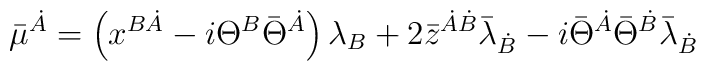
\bar{\mu}^{\dot{A}} = \left(  x^{B\dot{A}} - i \Theta^{B} \bar{\Theta}^{\dot{A}} \right)   \lambda_{B}+ 2\bar{z}^{\dot{A}\dot{B}} \bar{\lambda}_{\dot{B}}- i \bar{\Theta}^{\dot{A}}\bar{\Theta}^{\dot{B}}  \bar{\lambda}_{\dot{B}}